Lunatic asylums Madras 1877-1891 - 1877-1891
Year: 1877
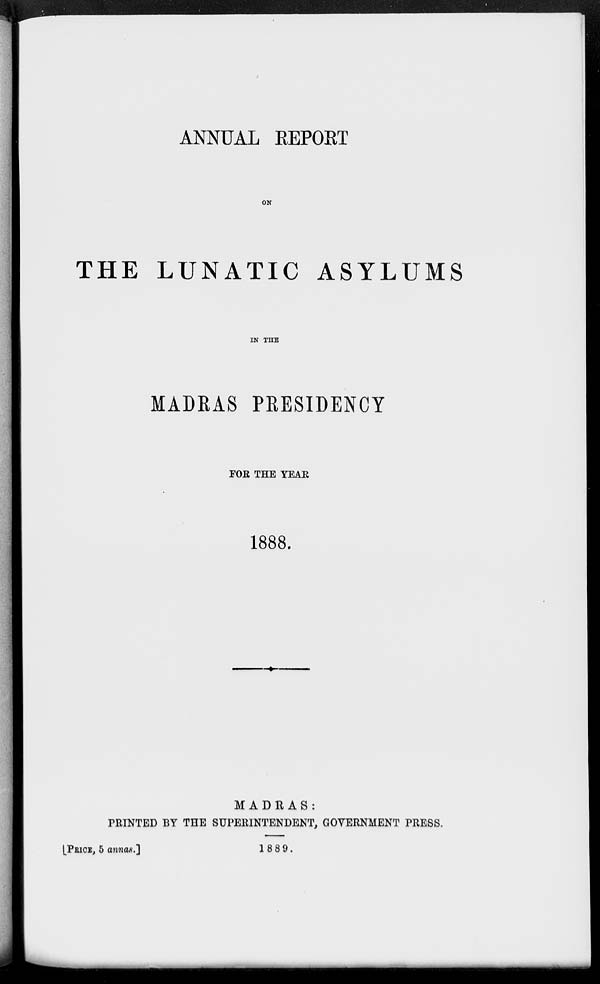
ANNUAL REPORT
ON
THE LUNATIC ASYLUMS
IN THE
MADRAS PRESIDENCY
FOR THE YEAR
1888.
MADRAS:
PRINTED BY THE SUPERINTENDENT, GOVERNMENT PRESS.
[PRICE, 5
annas.]
1889.